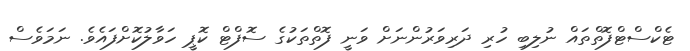
ޓެކްސްޓްފޮތްތައް ނުލިބި ހުރި ދަރިވަރުންނަށް ވަނީ ފޮތްތަކުގެ ސޮފްޓް ކޮޕީ ހަވާލުކޮށްފައެވެ. ނަމަވެސް